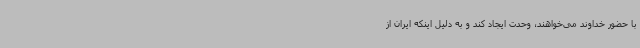
با حضور خداوند می‌خواهند، وحدت ایجاد کند و به دلیل اینکه ایران از